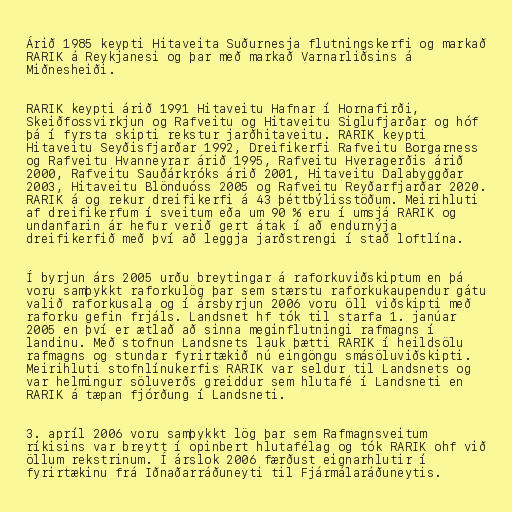
Árið 1985 keypti Hitaveita Suðurnesja flutningskerfi og markað
RARIK á Reykjanesi og þar með markað Varnarliðsins á
Miðnesheiði.

RARIK keypti árið 1991 Hitaveitu Hafnar í Hornafirði,
Skeiðfossvirkjun og Rafveitu og Hitaveitu Siglufjarðar og hóf
þá í fyrsta skipti rekstur jarðhitaveitu. RARIK keypti
Hitaveitu Seyðisfjarðar 1992, Dreifikerfi Rafveitu Borgarness
og Rafveitu Hvanneyrar árið 1995, Rafveitu Hveragerðis árið
2000, Rafveitu Sauðárkróks árið 2001, Hitaveitu Dalabyggðar
2003, Hitaveitu Blönduóss 2005 og Rafveitu Reyðarfjarðar 2020.
RARIK á og rekur dreifikerfi á 43 þéttbýlisstöðum. Meirihluti
af dreifikerfum í sveitum eða um 90 % eru í umsjá RARIK og
undanfarin ár hefur verið gert átak í að endurnýja
dreifikerfið með því að leggja jarðstrengi í stað loftlína.

Í byrjun árs 2005 urðu breytingar á raforkuviðskiptum en þá
voru samþykkt raforkulög þar sem stærstu raforkukaupendur gátu
valið raforkusala og í ársbyrjun 2006 voru öll viðskipti með
raforku gefin frjáls. Landsnet hf tók til starfa 1. janúar
2005 en því er ætlað að sinna meginflutningi rafmagns í
landinu. Með stofnun Landsnets lauk þætti RARIK í heildsölu
rafmagns og stundar fyrirtækið nú eingöngu smásöluviðskipti.
Meirihluti stofnlínukerfis RARIK var seldur til Landsnets og
var helmingur söluverðs greiddur sem hlutafé í Landsneti en
RARIK á tæpan fjórðung í Landsneti.

3. apríl 2006 voru samþykkt lög þar sem Rafmagnsveitum
ríkisins var breytt í opinbert hlutafélag og tók RARIK ohf við
öllum rekstrinum. Í árslok 2006 færðust eignarhlutir í
fyrirtækinu frá Iðnaðarráðuneyti til Fjármálaráðuneytis.